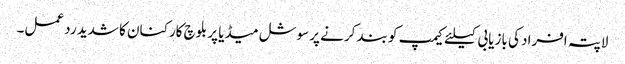
لاپتہ افراد کی بازیابی کیلئے کیمپ کو بند کرنے پر سوشل میڈیا پر بلوچ کارکنان کا شدید رد عمل۔